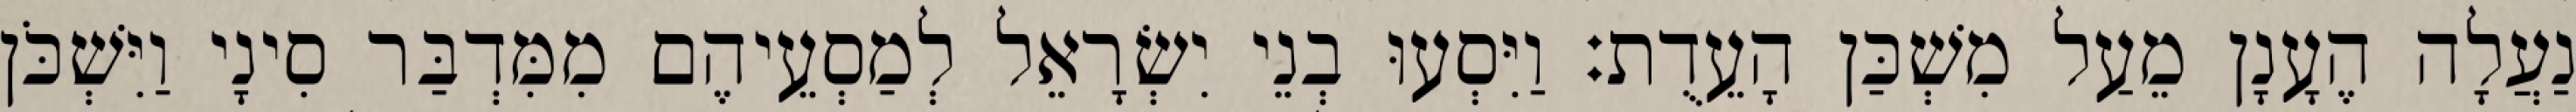
נַעֲלָה הֶעָנָן מֵעַל מִשְׁכַּן הָעֵדֻת׃ וַיִּסְעוּ בְנֵי יִשְׂרָאֵל לְמַסְעֵיהֶם מִמִּדְבַּר סִינָי וַיִּשְׁכֹּן